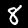
Label: 8